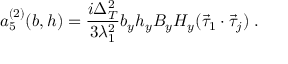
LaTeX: a _ { 5 } ^ { ( 2 ) } ( b , h ) = \frac { i \Delta _ { T } ^ { 2 } } { 3 \lambda _ { 1 } ^ { 2 } } b _ { y } h _ { y } B _ { y } H _ { y } ( \vec { \tau } _ { 1 } \cdot \vec { \tau } _ { j } ) \; .